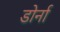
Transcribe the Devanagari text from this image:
डोर्ना